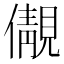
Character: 儬